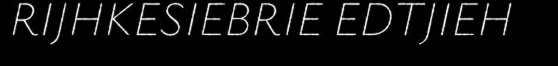
RÏJHKESIEBRIE EDTJIEH